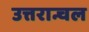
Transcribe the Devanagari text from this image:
उत्तरान्चल